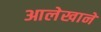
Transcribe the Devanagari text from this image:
आलेखाने